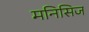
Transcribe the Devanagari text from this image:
मनिसिज